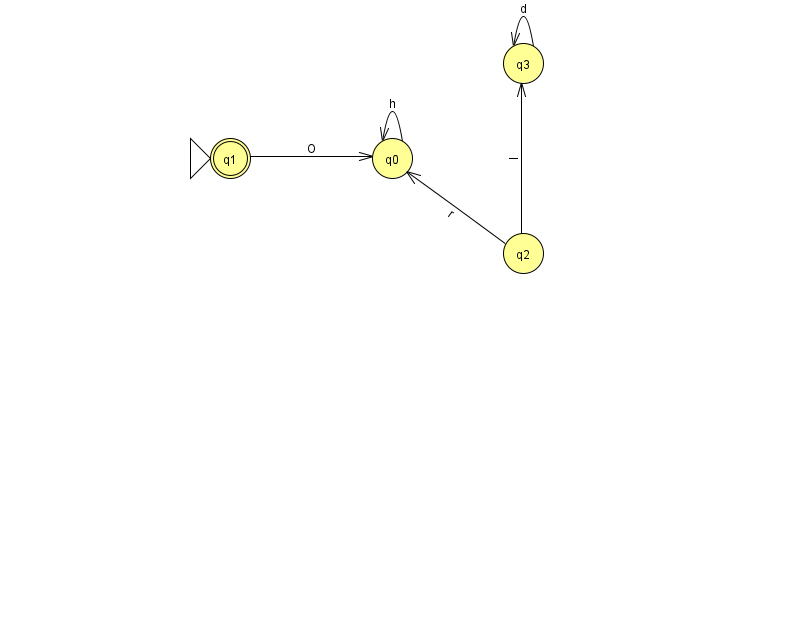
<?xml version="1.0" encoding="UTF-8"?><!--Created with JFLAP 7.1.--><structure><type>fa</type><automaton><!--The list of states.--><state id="0" name="q0"><x>392.0</x><y>145.0</y></state><state id="1" name="q1"><x>230.0</x><y>145.0</y><initial/><final/></state><state id="2" name="q2"><x>523.0</x><y>240.0</y></state><state id="3" name="q3"><x>523.0</x><y>50.0</y></state><!--The list of transitions.--><transition><from>2</from><to>0</to><read>r</read></transition><transition><from>3</from><to>3</to><read>d</read></transition><transition><from>0</from><to>0</to><read>h</read></transition><transition><from>2</from><to>3</to><read>I</read></transition><transition><from>1</from><to>0</to><read>O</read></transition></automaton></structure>